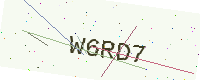
Text: W6RD7